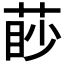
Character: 𦳥